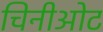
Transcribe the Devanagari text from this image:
चिनीओट